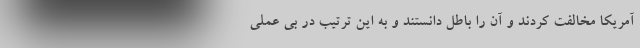
آمریکا مخالفت کردند و آن را باطل دانستند و به این ترتیب در بی عملی